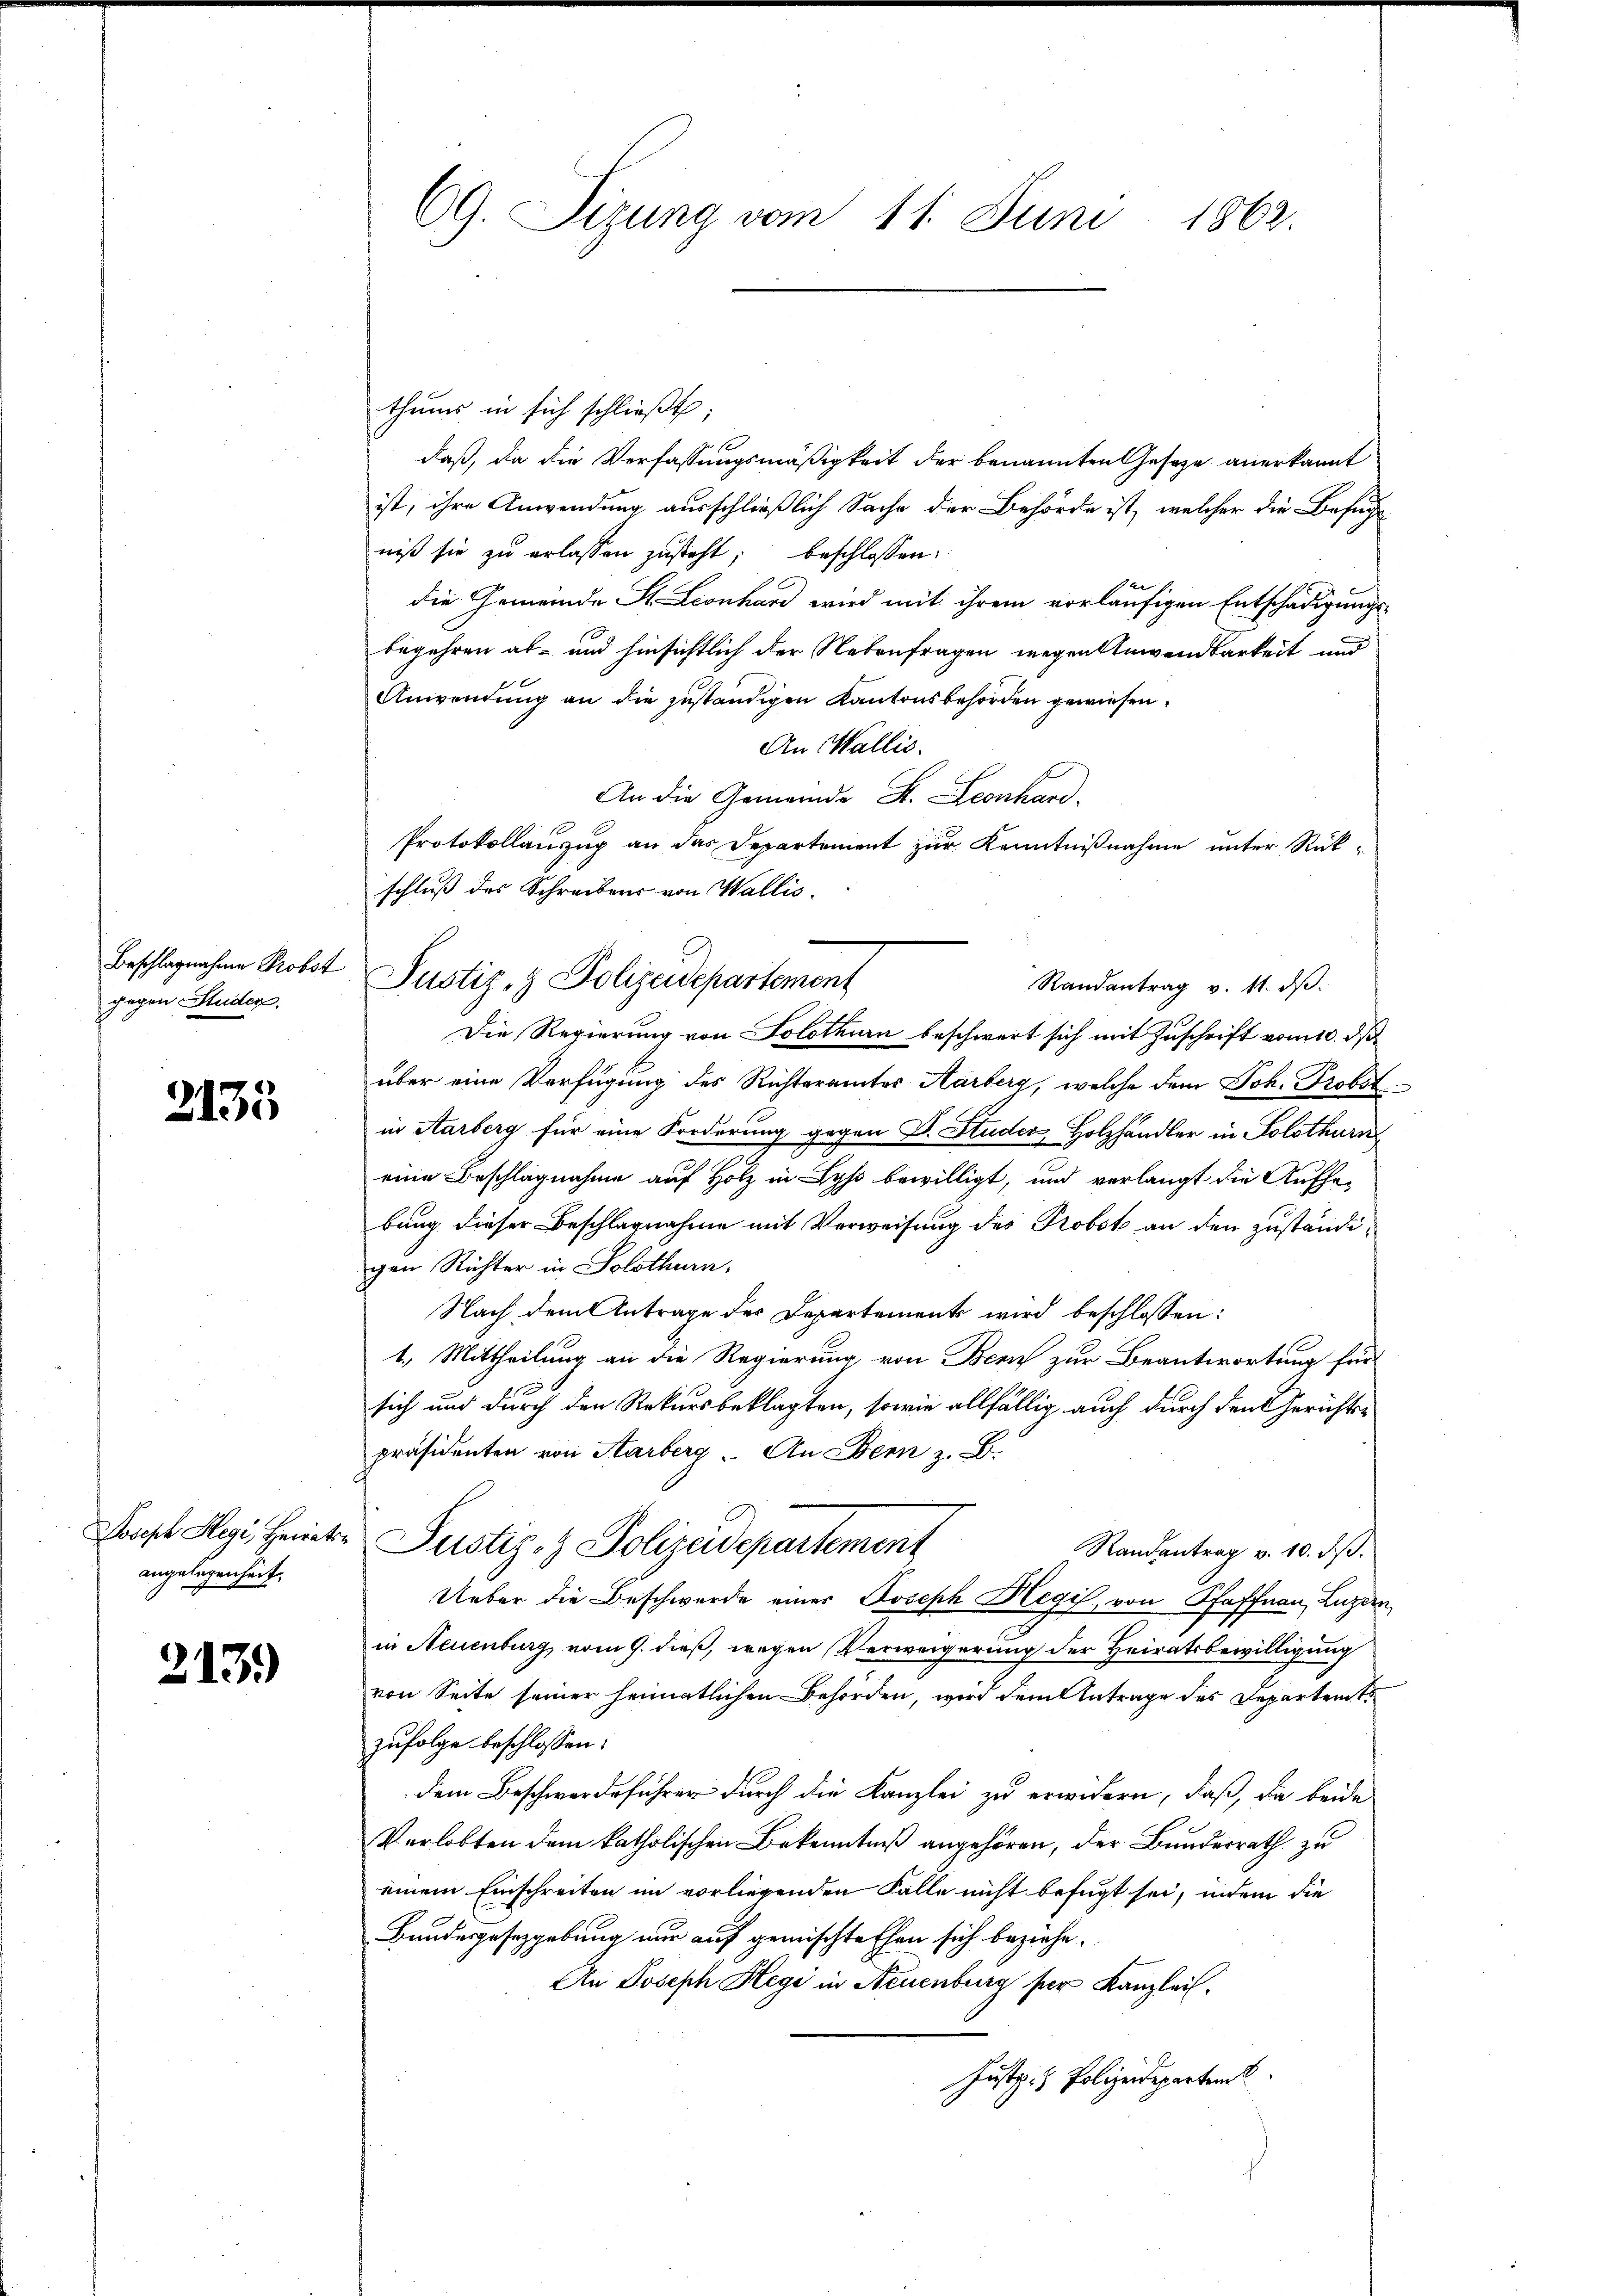
Beschlagnahme Probst
gegen Studen.

2135

Joseph Hegi, Heiratsangelegenheit.

2139)

CG. Sizung vom 11. Juni 1862.

thums in sich schließt:
daß, da die Verfassungsmäßigkeit der benannten Gesetze anerkannt
ist, ihre Anwendung ausschließlich Sache der Behörde ist, welcher die Befug
niß sie zu erlassen zusteht; beschlossen:
die Gemeinde St. Leonhard wird mit ihrem vorläufigen Entschädigungs-
begehren ab- und hinsichtlich der Nebenfragen wegen Anwendbarkeit und
Anwendung an die zuständigen Kantonsbehörden gewiesen.
An Wallis.
An die Gemeinde St. Leonhard.
Protokollanzug an das Departement zur Kenntnißnahme unter Rückschluß des Schreibens von Wallis.
Die Regierung von Solothurn beschwert sich mit Zuschrift vom 10. ds.
über eine Verfügung des Richteramtes Harberg, welche dem Joh. Probst
in Aarberg für eine Forderung gegen Dr. Studer, Holzhändler in Solothurn
.
eine Beschlagnahme auf Holz in Lyß bewilligt, und verlangt die Aufhebung dieser Beschlagnahme mit Verweisung des Probst an den zuständigen Richter in Solothurn.
Nach dem Antrage des Departement wird beschlossen:
1.) Mittheilung an die Regierung von Bern zur Beantwortung für
sich und durch den Rekursbeklagten, sowie allfällig auch durch den Gerichtspräsidenten von Aarberg. An Denn z. B.
Justiz- & Polizeidepartement
Randantrag v. 10. d.
Ueber die Beschwerde einer Joseph Hegi, von Pfaffnau, Luzern,
in Neuenburg vom 9. dieß, wegen Verweigerung der Heiratsbewilligung
von Seite seiner heimatlichen Behörden, wird dem Antrage des Departent
zufolge beschlossen:
dem Beschwerdeführer durch die Kanzlei zu erwidern, daß, da beide
Verlobten dem katholischen Bekenntniß angehören, der Bundesrath zu
einem Einschreiten im vorliegenden Falle nicht befugt sei, indem die
Bundesgesetzgebung nur auf gemischte Ehen sich beziehe.
An Joseph Hegi in Neuenburg per Kanzlei.
Justiz- & Polizeideparten

Justiz- & Polizeidepartement

Randantrag v. 11. dβ.